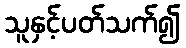
သူနှင့်ပတ်သက်၍